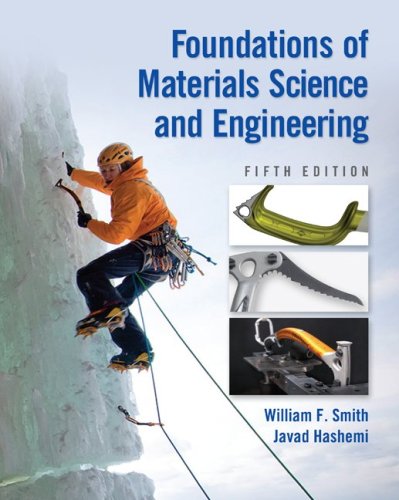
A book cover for Foundations of Materials Science and Engineering; William Smith; Engineering & Transportation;